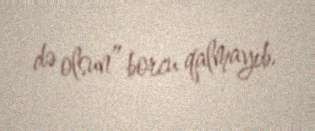
də olsun” borcu qalmayıb.